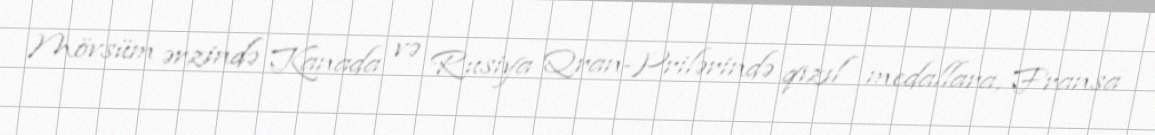
Mövsüm ərzində Kanada və Rusiya Qran-Prilərində qızıl medallara, Fransa